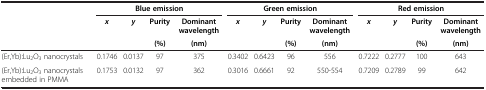
<table><thead><tr><td rowspan="3"><b> </b></td><td colspan="4"><b>Blue emission</b></td><td colspan="4"><b>Green emission</b></td><td colspan="4"><b>Red emission</b></td></tr><tr><td rowspan="2"><b><i>x</i></b></td><td rowspan="2"><b><i>y</i></b></td><td><b>Purity</b></td><td><b>Dominant wavelength</b></td><td rowspan="2"><b><i>x</i></b></td><td rowspan="2"><b><i>y</i></b></td><td><b>Purity</b></td><td><b>Dominant wavelength</b></td><td rowspan="2"><b><i>x</i></b></td><td rowspan="2"><b><i>y</i></b></td><td><b>Purity</b></td><td><b>Dominant wavelength</b></td></tr><tr><td><b>(%)</b></td><td><b>(nm)</b></td><td><b>(%)</b></td><td><b>(nm)</b></td><td><b>(%)</b></td><td><b>(nm)</b></td></tr></thead><tbody><tr><td>(Er,Yb):Lu<sub>2</sub>O<sub>3</sub> nanocrystals</td><td>0.1746</td><td>0.0137</td><td>97</td><td>375</td><td>0.3402</td><td>0.6423</td><td>96</td><td>556</td><td>0.7222</td><td>0.2777</td><td>100</td><td>643</td></tr><tr><td>(Er,Yb):Lu<sub>2</sub>O<sub>3</sub> nanocrystals embedded in PMMA</td><td>0.1753</td><td>0.0132</td><td>97</td><td>362</td><td>0.3016</td><td>0.6661</td><td>92</td><td>550-554</td><td>0.7209</td><td>0.2789</td><td>99</td><td>642</td></tr></tbody></table>